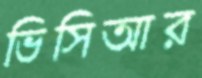
ভিসিআর